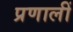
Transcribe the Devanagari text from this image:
प्रणालीं